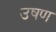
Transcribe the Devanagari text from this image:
उषण